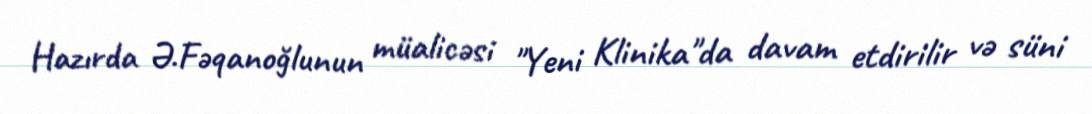
Hazırda Ə.Fəqanoğlunun müalicəsi "Yeni Klinika"da davam etdirilir və süni